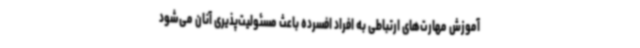
آموزش مهارت‌های ارتباطی به افراد افسرده باعث مسئولیت‌پذیری آنان می‌شود